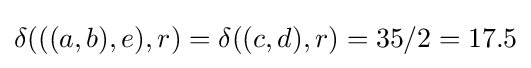
\delta (((a,b),e),r)=\delta ((c,d),r)=35/2=17.5